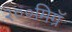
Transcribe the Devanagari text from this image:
२००मिग्रॅ